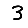
Digit: 3